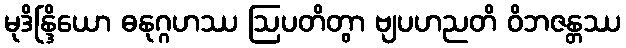
မုဒိန္ဒြိယော ဓနုဂ္ဂဟဿ ဩပတိတွာ ဗျပဟညတိ ဝိဘဇန္တဿ